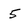
Character: 5